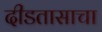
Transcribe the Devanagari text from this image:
दीडतासाचा